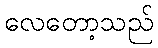
လေတော့သည်